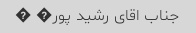
جناب اقای رشید پور� �